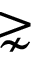
\gnsim